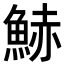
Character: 𩷧